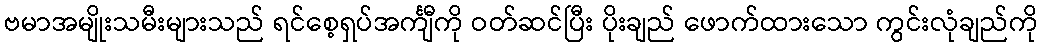
ဗမာအမျိုးသမီးများသည် ရင်စေ့ရှပ်အင်္ကျီကို ဝတ်ဆင်ပြီး ပိုးချည် ဖောက်ထားသော ကွင်းလုံချည်ကို